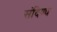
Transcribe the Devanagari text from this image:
संदिण्ध